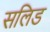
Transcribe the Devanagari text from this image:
सलिड